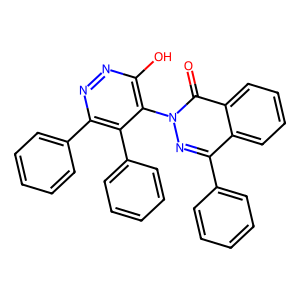
SMILES: O=c1c2ccccc2c(-c2ccccc2)nn1-c1c(O)nnc(-c2ccccc2)c1-c1ccccc1
Inhibits HIV replication: No